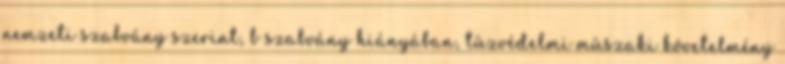
nemzeti szabvány szerint, b szabvány hiányában, tûzvédelmi mûszaki követelmény